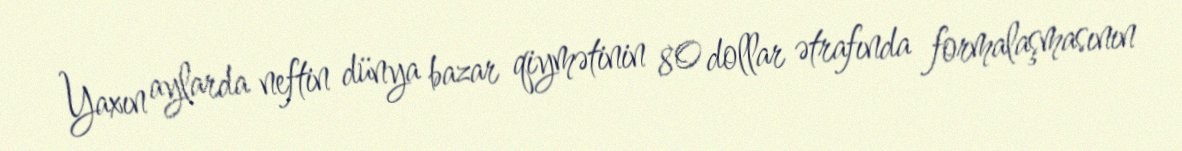
Yaxın aylarda neftin dünya bazar qiymətinin 80 dollar ətrafında formalaşmasının